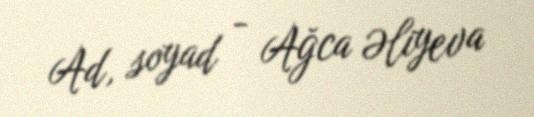
Ad, soyad - Ağca Əliyeva